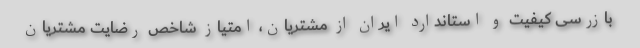
بازرسی کیفیت و استاندارد ایران از مشتریان، امتیاز شاخص رضایت مشتریان